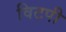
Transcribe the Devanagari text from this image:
विटपी